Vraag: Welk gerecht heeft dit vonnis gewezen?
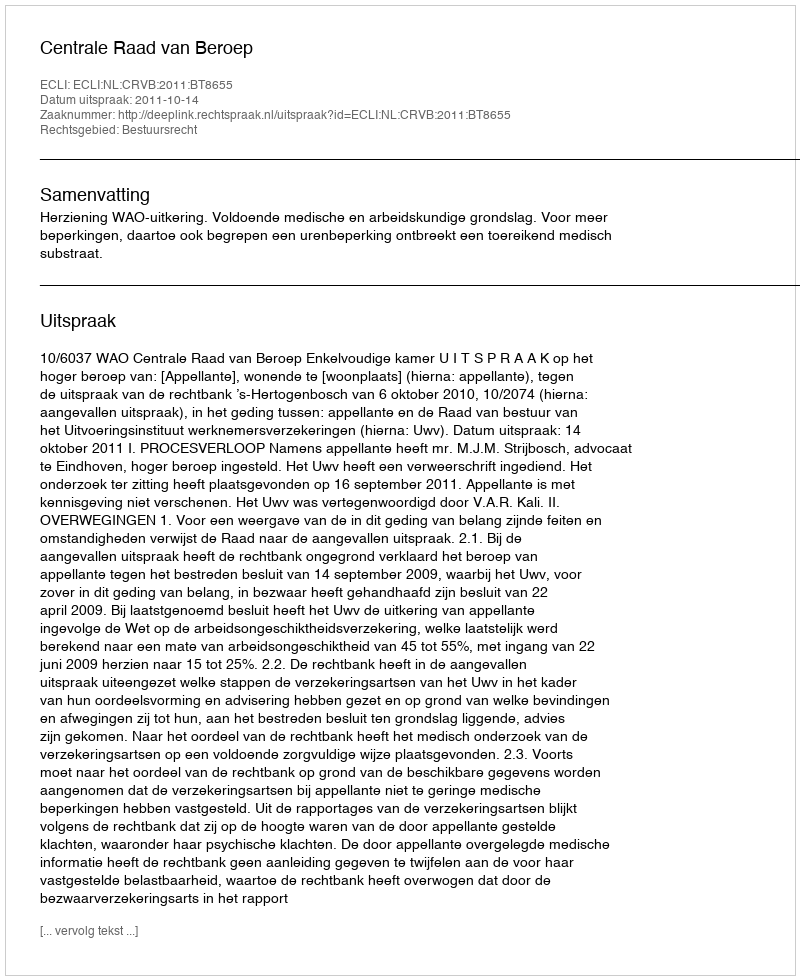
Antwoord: Centrale Raad van Beroep